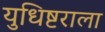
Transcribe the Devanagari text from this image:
युधिष्टराला